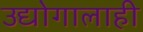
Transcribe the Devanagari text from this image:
उद्योगालाही